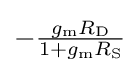
{\begin{matrix}-{\frac {g_{\mathrm {m} }R_{\text{D}}}{1+g_{\mathrm {m} }R_{\text{S}}}}\end{matrix}}